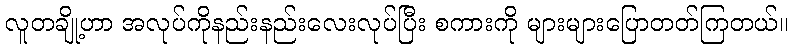
လူတချို့ဟာ အလုပ်ကိုနည်းနည်းလေးလုပ်ပြီး စကားကို များများပြောတတ်ကြတယ်။